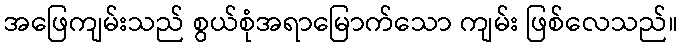
အဖြေကျမ်းသည် စွယ်စုံအရာမြောက်သော ကျမ်း ဖြစ်လေသည်။